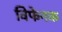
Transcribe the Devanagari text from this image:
विफेनक